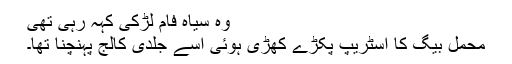
وہ سیاہ فام لڑکی کہہ رہی تھی
محمل بیگ کا اسٹریپ پکڑے کھڑی ہوئی اسے جلدی کالج پہنچنا تھا۔